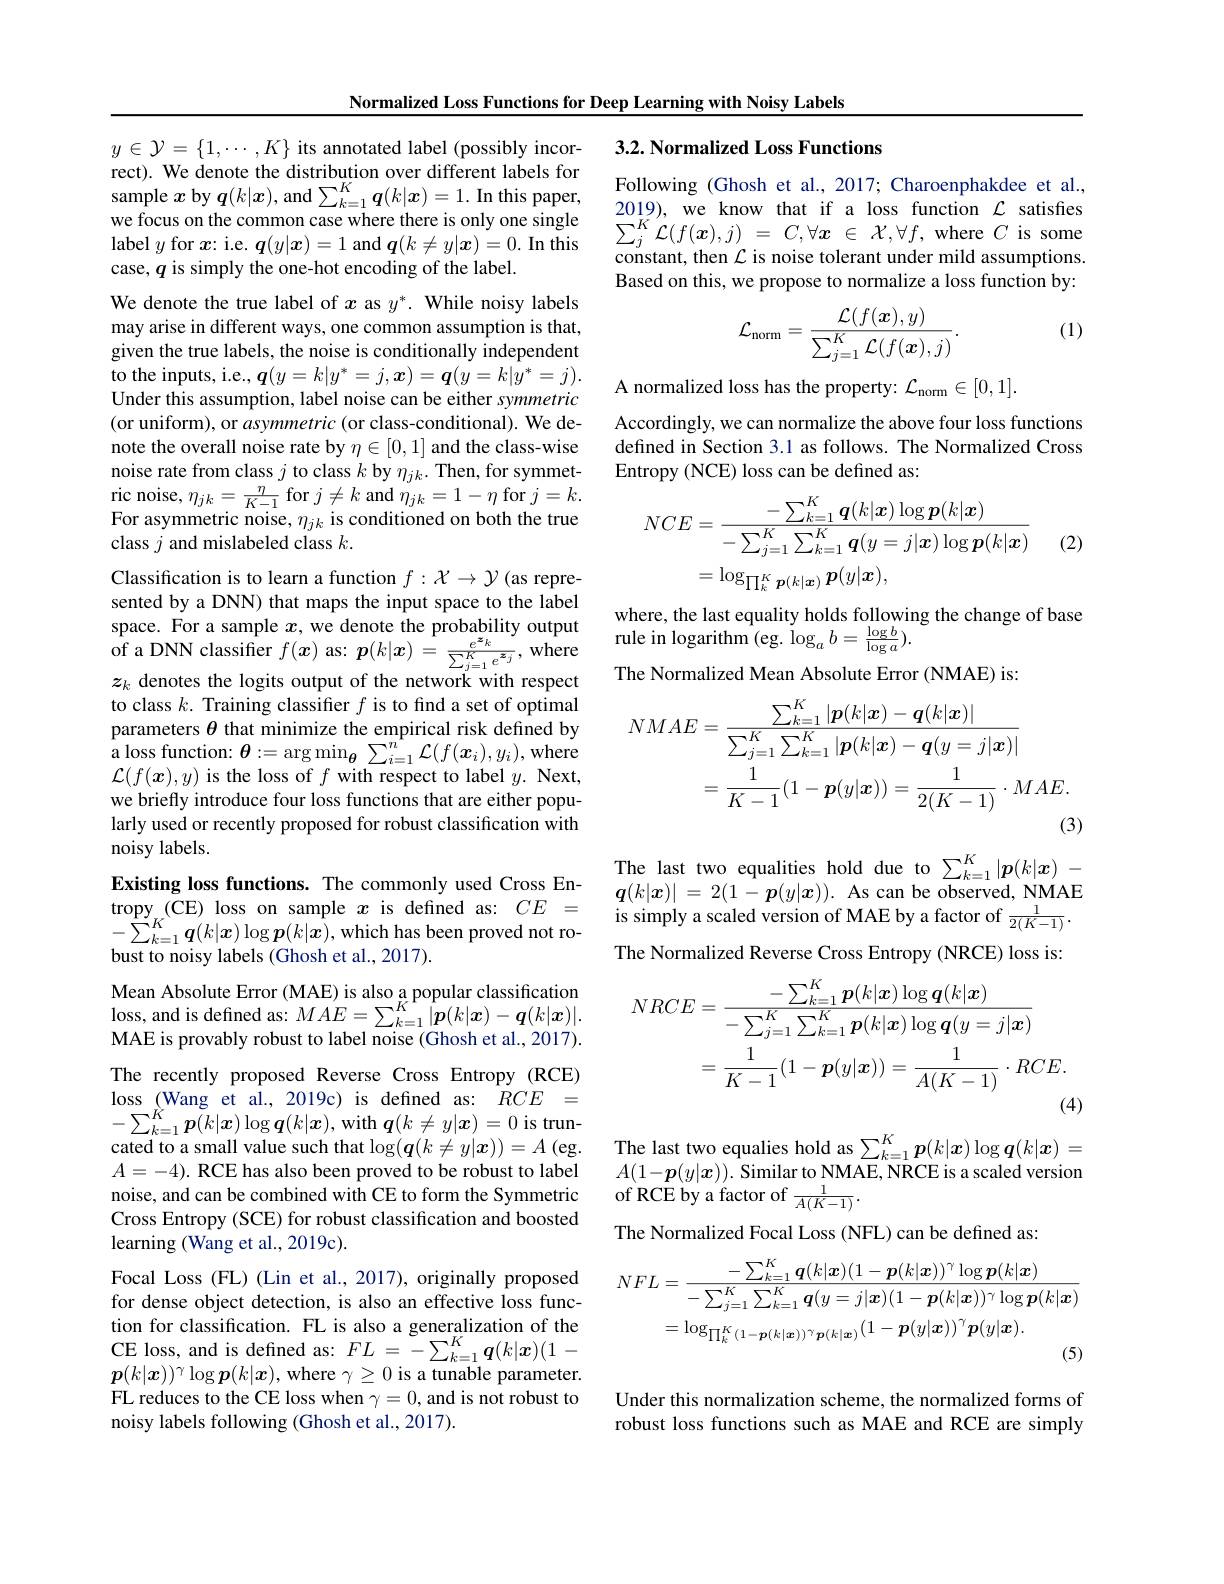
Normalized Loss Functions for Deep Learning with Noisy Labels

## 3.2. Normalized Loss Functions

Following (Ghosh et al.,2017; Charoenphakdee et al., 2019), we know that if a loss function $\mathcal{L}$ satisfes $\begin{array}{l}\sum_{j}^{K}\mathcal{L}(f(\boldsymbol{x}),j)\:=\:C,\forall\boldsymbol{x}\:\in\:\mathcal{X},\forall f,\:\mathrm{where~}C\:\mathrm{is~some}\\\text{constant, then }\mathcal{L}\:\mathrm{is~noise~tolerant~under~mild~assumptions}\end{array}$ Based on this, we propose to normalize a loss function by:

(1)
$$\mathcal{L}_{\mathrm{norm}}=\frac{\mathcal{L}(f(\boldsymbol{x}),y)}{\sum_{j=1}^{K}\mathcal{L}(f(\boldsymbol{x}),j)}.$$
A normalized loss has the property: $\mathcal{L}_\mathrm{norm}\in[0,1].$
Accordingly, we can normalize the above four loss functions defined in Section 3.1 as follows. The Normalized Cross Entropy (NCE) loss can be defined as:

$y\in\mathcal{Y}=\{1,\cdots,K\}$ its annotated label (possibly incorrect). We denote the distribution over different labels for sample $x$ by $q(k|\boldsymbol{x})$, and $\sum_k=1^K\boldsymbol{q}(k|\boldsymbol{x})=1.$ In this paper, we focus on the common case where there is only one single label $y$ for $x$: i.e. $\boldsymbol q(y|\boldsymbol{x})=1$ and $\boldsymbol q(k\neq y|\boldsymbol{x})=0.$ In this case, $q$ is simply the one-hot encoding of the label.
We denote the true label of $x$ as $y^*.$ While noisy labels may arise in different ways, one common assumption is that, given the true labels, the noise is conditionally independent to the inputs, i.e., $\boldsymbol q(y=k|y^*=j,\boldsymbol{x})=\boldsymbol{q}(y=k|y^*=j).$ Under this assumption, label noise can be either symmetric (or uniform), or asymmetric (or class-conditional). We denote the overall noise rate by $\eta\in[0,1]$ and the class-wise noise rate from class $j$ to class $k$ by $\eta_{jk}.$ Then, for symmet- $\begin{array}{c}\mathrm{ric~noise,~}\eta_{jk}=\frac{\eta}{K-1}&\mathrm{for~}j\neq k\mathrm{~and~}\eta_{jk}=1-\eta\mathrm{~for~}j=k.\\\end{array}$ For asymmetric noise, $\eta_{jk}$ is conditioned on both the true class $j$ and mislabeled class $k.$
Classification is to learn a function $f:\mathcal{X}\to\mathcal{Y}$ (as represented by a DNN) that maps the input space to the label $\begin{aligned}&\text{space. For a sample }x,\text{we denote the probability output}&&\text{wlete, ule ast equanty ious iolownt of ass tre ante as telant as tre as telant as tre as tre as tre as tre as tre as tre as tre as tre as tre as tre as tre as te as tre a tre a s a tre a t a}\end{aligned}$
$z_k$ denotes the logits output of the network with respect to class $k.$ Training classifer $f$ is to find a set of optimal parameters $\theta$ that minimize the empirical risk defined by a loss function: $\boldsymbol{\theta }: = \arg \min _{\boldsymbol{\theta }}\sum _{i= 1}^{n^{* }}\mathcal{L} ( f( \boldsymbol{x}_{i}) , y_{i}) $,where $c(f(x_{i}))+c(1-c(1-c(1-c(1-c)))+c(1-c(1-c))+c(1-c(1-c))+c(1-c)+c(1-c)+c(1-c)+c(1-c)+c(1-c)+c(1-c)+c(1-c)+c(1-c)+c(1-c)+c(1-c)+c(1-c)+c(1-c)+c(1-c)+c(1-c)+c(2-c)+c(1-c)+$ $\mathcal{L}(f(\boldsymbol{x}),y)$ is the loss of $f$ with respect to label $y.$ Next, we briefly introduce four loss functions that are either popularly used or recently proposed for robust classification with noisy labels.
Existing loss functions. The commonly used Cross En-
$\textbf{Existing loss functions. The commonly used Cross En- }$ tropy ( CE) loss on sample $x$ is defined as: $CE=$ $\boldsymbol{q}( k| x) | = 2( 1- \boldsymbol{p}( y| x) ) .$ As can be observed, NMAE $- \sum _{k= 1}^K\boldsymbol{q}( k| x) \log \boldsymbol{p}( k| x) $,which has been proved not ro-
$$\begin{aligned}NCE&=\frac{-\sum_{k=1}^{K}\boldsymbol{q}(k|\boldsymbol{x})\log\boldsymbol{p}(k|\boldsymbol{x})}{-\sum_{j=1}^{K}\sum_{k=1}^{K}\boldsymbol{q}(y=j|\boldsymbol{x})\log\boldsymbol{p}(k|\boldsymbol{x})}\\&=\log_{\prod_{k}^{K}\boldsymbol{p}(k|\boldsymbol{x})}\boldsymbol{p}(y|\boldsymbol{x}),\end{aligned}$$
(2)

where, the last equality holds following the change of base
The Normalized Mean Absolute Error (NMAE) is:
$$\begin{aligned}NMAE&=\frac{\sum_{k=1}^{K}|\boldsymbol{p}(k|\boldsymbol{x})-\boldsymbol{q}(k|\boldsymbol{x})|}{\sum_{j=1}^{K}\sum_{k=1}^{K}|\boldsymbol{p}(k|\boldsymbol{x})-\boldsymbol{q}(y=j|\boldsymbol{x})|}\\&=\frac{1}{K-1}(1-\boldsymbol{p}(y|\boldsymbol{x}))=\frac{1}{2(K-1)}\cdot MAE.\end{aligned}$$
The last two equalities hold due to $\sum_{k=1}^K|\boldsymbol{p}(k|\boldsymbol{x})-$
The Normalized Reverse Cross Entropy (NRCE) loss is:

$-\sum_{k=1}^{K}\boldsymbol{q}(k|\boldsymbol{x})\log\boldsymbol{p}(k|\boldsymbol{x})$,which has been proved not ro-
bust to noisy labels (Ghosh et al., 2017).
$$\begin{aligned}NRCE&=\frac{-\sum_{k=1}^K\boldsymbol{p}(k|\boldsymbol{x})\log\boldsymbol{q}(k|\boldsymbol{x})}{-\sum_{j=1}^K\sum_{k=1}^K\boldsymbol{p}(k|\boldsymbol{x})\log\boldsymbol{q}(y=j|\boldsymbol{x})}\\&=\frac{1}{K-1}(1-\boldsymbol{p}(y|\boldsymbol{x}))=\frac{1}{A(K-1)}\cdot RCE.\end{aligned}$$
Mean Absolute Error (MAE) is also a popular classification loss, and is defined as: $MAE= \sum _{k= 1}^{K^{1}}| \boldsymbol{p}( k| \boldsymbol{x}) - \boldsymbol{q}( k| \boldsymbol{x}) | .$ MAE is provably robust to label noise (Ghosh et al., 2017). The recently proposed Reverse Cross Entropy (RCE) loss$\operatorname*{(Wang~et~al.,~2019c)~is~defined~as:~}RCE=$ $-\sum_{k=1}^{K}\boldsymbol{p}(k|\boldsymbol{x})\log\boldsymbol{q}(k|\boldsymbol{x})$,with $\boldsymbol q(k\neq y|\boldsymbol{x})=0$ is trun-
$A= - 4) . \textbf{ RCE has also been proved to be robust to label}$ noise, and can be combined with CE to form the Symmetric Cross Entropy (SCE) for robust classification and boosted $\operatorname{learning}($Wang et al., 2019c).
Focal Loss (FL) (Lin et al., 2017), originally proposed for dense object detection, is also an effective loss function for classification. FL is also a generalization of the

$\begin{array}{l}A(1-\boldsymbol{p}(y|\boldsymbol{x})).\text{ Similar to NMAE, NRCE is a scaled version}\\\text{of RCE by a factor of }\frac{1}{A(K-1)}.\end{array}$

The Normalized Focal Loss (NFL) can be defined as:
$$\begin{aligned}NFL&=\frac{-\sum_{k=1}^{K}\boldsymbol{q}(k|\boldsymbol{x})(1-\boldsymbol{p}(k|\boldsymbol{x}))^{\gamma}\log\boldsymbol{p}(k|\boldsymbol{x})}{-\sum_{j=1}^{K}\sum_{k=1}^{K}\boldsymbol{q}(y=j|\boldsymbol{x})(1-\boldsymbol{p}(k|\boldsymbol{x}))^{\gamma}\log\boldsymbol{p}(k|\boldsymbol{x})}\\&=\log_{\prod_{k}^{K}(1-\boldsymbol{p}(k|\boldsymbol{x}))^{\gamma}\boldsymbol{p}(k|\boldsymbol{x})}(1-\boldsymbol{p}(y|\boldsymbol{x}))^{\gamma}\boldsymbol{p}(y|\boldsymbol{x}).\end{aligned}$$
CE loss, and is defined as: $FL=-\sum_{k=1}^K\boldsymbol{q}(k|\boldsymbol{x})(1-$ $\boldsymbol{p}(k|\boldsymbol{x}))^\gamma\log\boldsymbol{p}(k|\boldsymbol{x})$, where $\gamma\geq0$ is a tunable parameter. FL reduces to the CE loss when $\gamma=0$, and is not robust to noisy labels following (Ghosh et al., 2017).

Under this normalization scheme, the normalized forms of robust loss functions such as MAE and RCE are simply